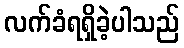
လက်ခံရရှိခဲ့ပါသည်